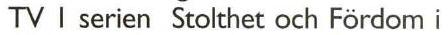
TV I serien Stolthet och Fördom i